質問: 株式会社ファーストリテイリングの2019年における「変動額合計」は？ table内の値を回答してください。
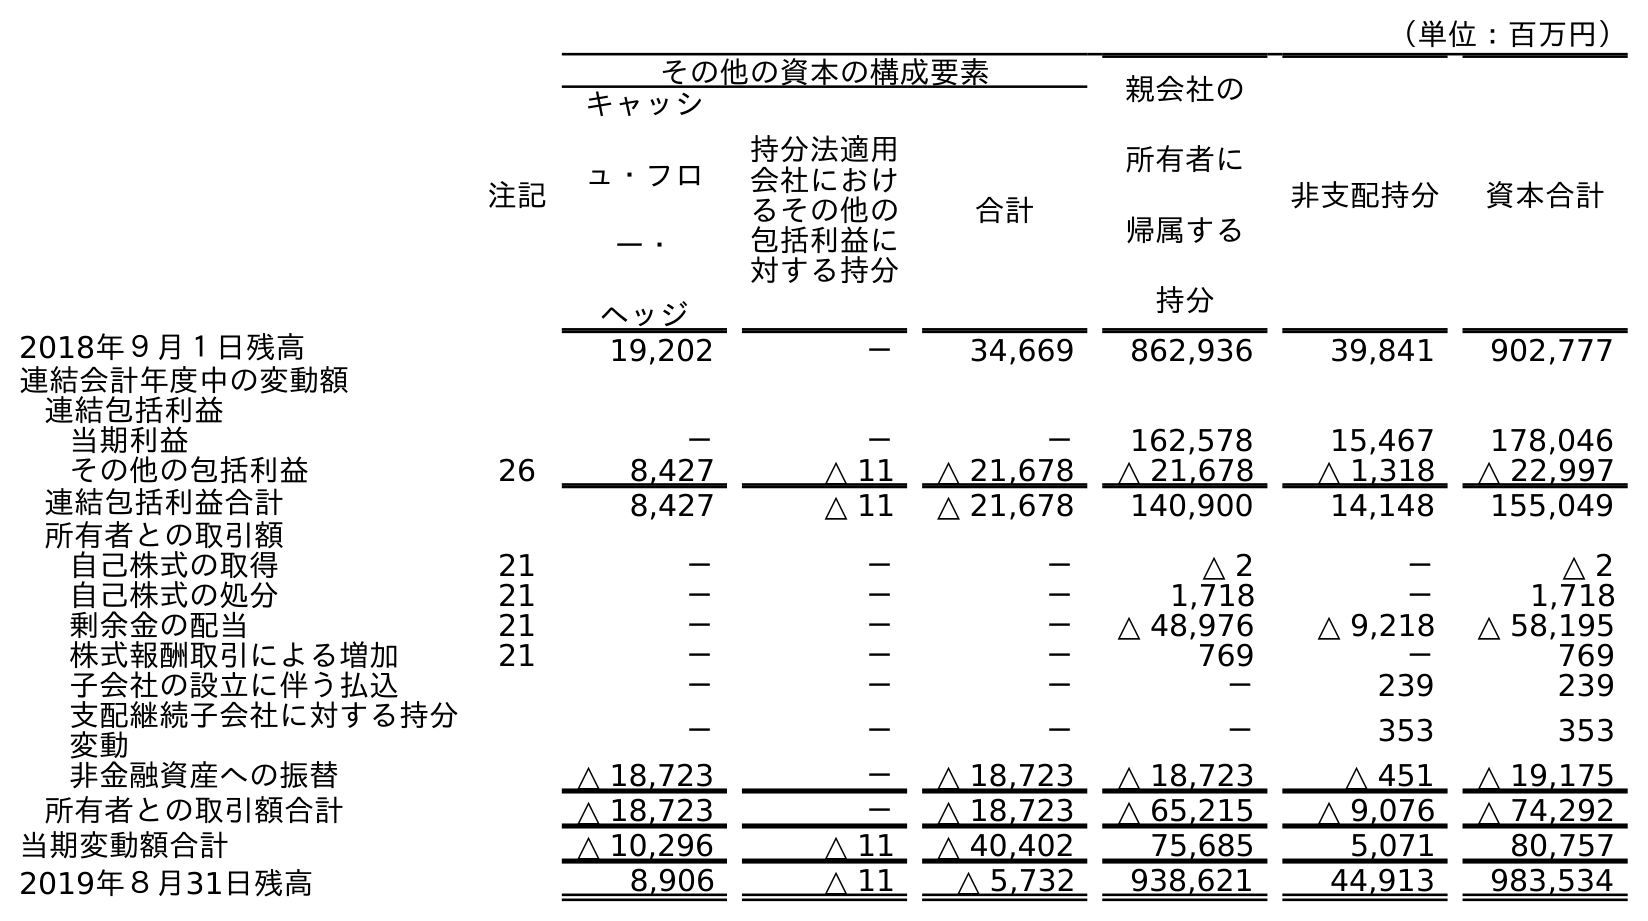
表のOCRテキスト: （単位：百万円） 注記 その他の資本の構成要素 親会社の 所有者に 帰属する 持分 非支配持分 資本合計 キャッシ ュ・フロ ー・ ヘッジ 持分法適用 会社におけ るその他の 包括利益に 対する持分 合計 2018年９月１日残高 19,202 － 34,669 862,936 39,841 902,777 連結会計年度中の変動額 連結包括利益 当期利益 － － － 162,578 15,467 178,046 その他の包括利益 26 8,427 △ 11 △ 21,678 △ 21,678 △ 1,318 △ 22,997 連結包括利益合計 8,427 △ 11 △ 21,678 140,900 14,148 155,049 所有者との取引額 自己株式の取得 21 － － － △ 2 － △ 2 自己株式の処分 21 － － － 1,718 － 1,718 剰余金の配当 21 － － － △ 48,976 △ 9,218 △ 58,195 株式報酬取引による増加 21 － － － 769 － 769 子会社の設立に伴う払込 － － － － 239 239 支配継続子会社に対する持分 変動 － － － － 353 353 非金融資産への振替 △ 18,723 － △ 18,723 △ 18,723 △ 451 △ 19,175 所有者との取引額合計 △ 18,723 － △ 18,723 △ 65,215 △ 9,076 △ 74,292 当期変動額合計 △ 10,296 △ 11 △ 40,402 75,685 5,071 80,757 2019年８月31日残高 8,906 △ 11 △ 5,732 938,621 44,913 983,534
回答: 80,757